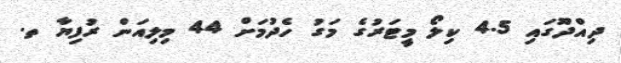
ދިއްދޫގައި 4.5 ކިލޯ މީޓަރުގެ މަގު ހެދުމަށް 44 މިލިއަން ރުފިޔާ ތ.